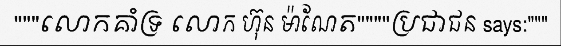
"""លោកគាំទ្រ លោក ហ៊ុន ម៉ាណែត""""ប្រជាជន says:"""